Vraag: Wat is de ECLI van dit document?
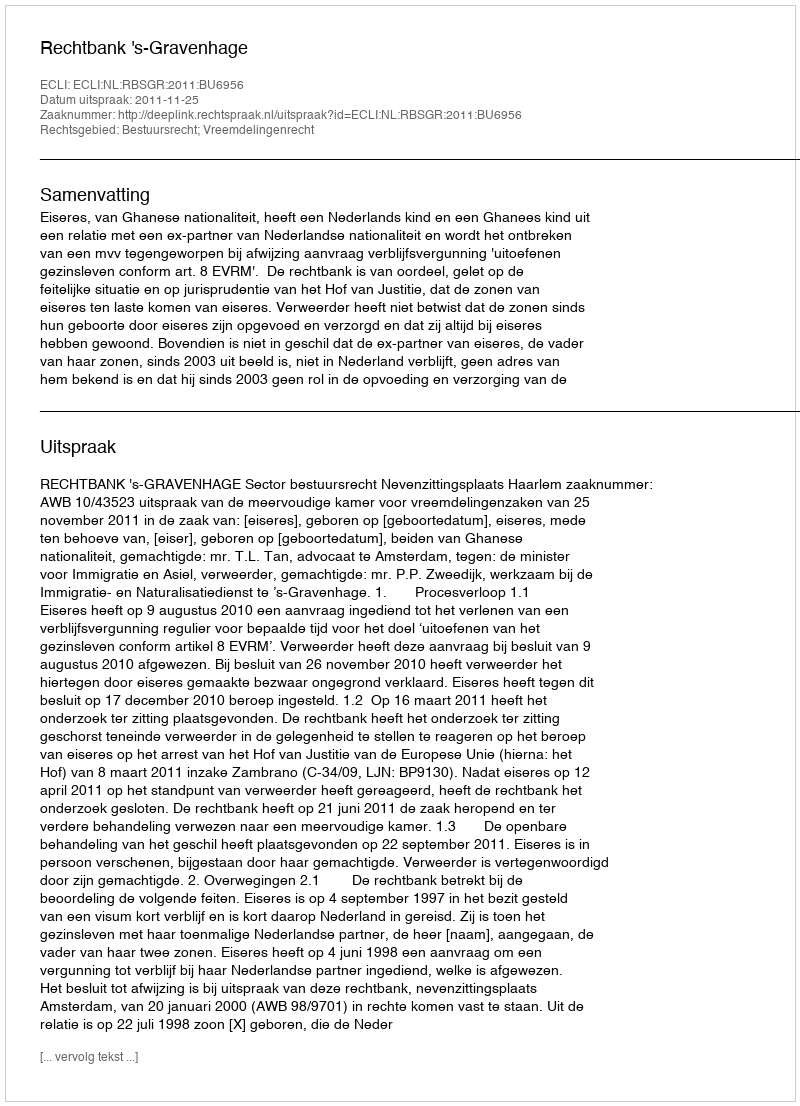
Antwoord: ECLI:NL:RBSGR:2011:BU6956